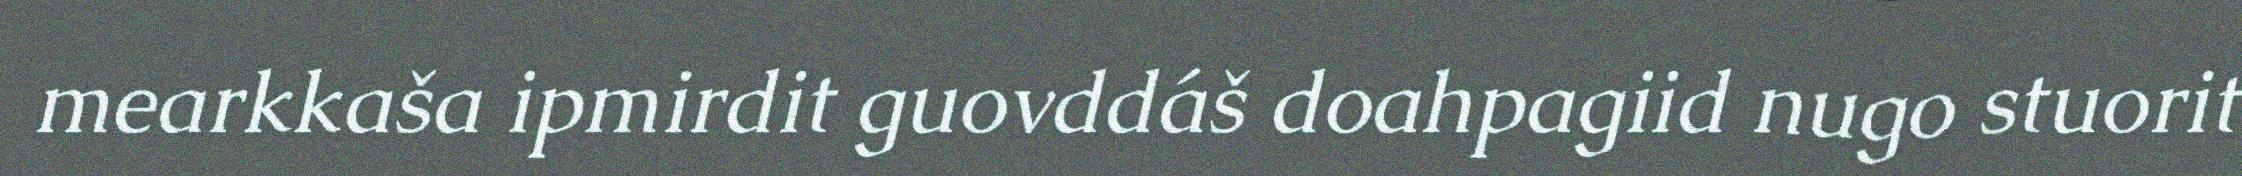
mearkkaša ipmirdit guovddáš doahpagiid nugo stuorit